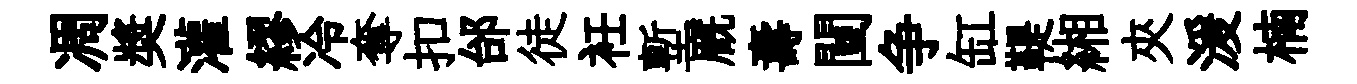
凋奬灌繆冷奪扣邰徒衽塹廐夀闉争缸鞮緗夾湲楠